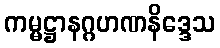
ကမ္မဋ္ဌာနဂ္ဂဟဏနိဒ္ဒေသ